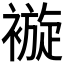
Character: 𧜽